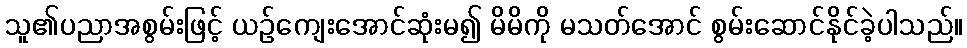
သူ၏ပညာအစွမ်းဖြင့် ယဉ်ကျေးအောင်ဆုံးမ၍ မိမိကို မသတ်အောင် စွမ်းဆောင်နိုင်ခဲ့ပါသည်။